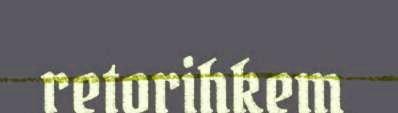
retorihkem